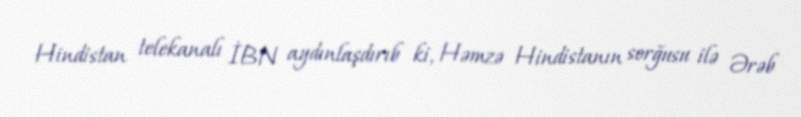
Hindistan telekanalı İBN aydınlaşdırıb ki, Həmzə Hindistanın sorğusu ilə Ərəb